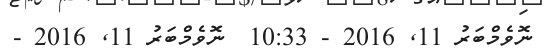
ނޮވެމްބަރު 11